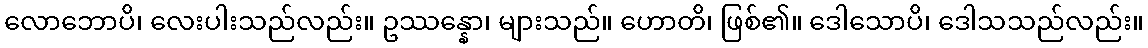
လောဘောပိ၊ လေးပါးသည်လည်း။ ဥဿန္နော၊ များသည်။ ဟောတိ၊ ဖြစ်၏။ ဒေါသောပိ၊ ဒေါသသည်လည်း။